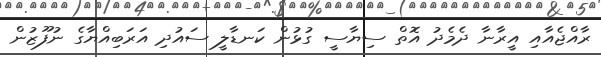
ރާއްޖެއާއި އީރާނާ ދެމެދު އޮތް ސިޔާސީ ގުޅުން ކަނޑާލީ ސައުދި އަރަބިއްޔާގެ ނުފޫޒުން